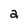
Character: a